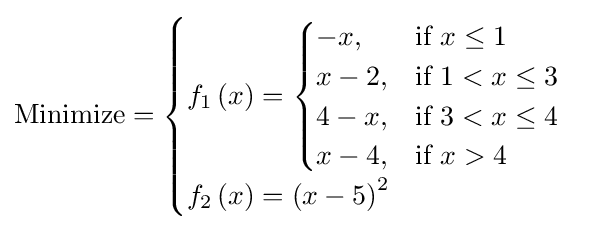
{\text{Minimize}}={\begin{cases}f_{1}\left(x\right)={\begin{cases}-x,&{\text{if }}x\leq 1\\x-2,&{\text{if }}1<x\leq 3\\4-x,&{\text{if }}3<x\leq 4\\x-4,&{\text{if }}x>4\\\end{cases}}\\f_{2}\left(x\right)=\left(x-5\right)^{2}\\\end{cases}}